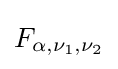
F_{\alpha ,\nu _{1},\nu _{2}}